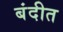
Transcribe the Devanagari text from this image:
बंदीत